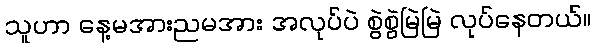
သူဟာ နေ့မအားညမအား အလုပ်ပဲ စွဲစွဲမြဲမြဲ လုပ်နေတယ်။